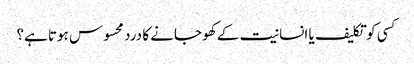
کسی کو تکلیف یا انسانیت کے کھو جانے کا درد محسوس ہوتا ہے؟